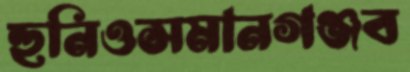
হুনিওসমানগঞ্জব